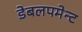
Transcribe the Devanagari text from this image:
डेबलपमेन्ट